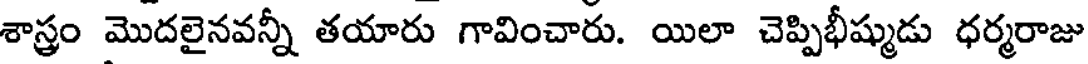
శాస్త్రం మొదలైనవన్నీ తయారు గావించారు. యిలా చెప్పిభీష్ముడు ధర్మరాజు